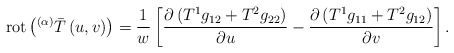
\begin{align*}\operatorname*{rot}\left( ^{\left( \alpha \right) }\bar{T}\left(u,v\right) \right) =\frac{1}{w}\left[ \frac{\partial \left( T^{1}g_{12}+T^{2}g_{22}\right) }{\partial u}-\frac{\partial \left( T^{1}g_{11}+T^{2}g_{12}\right) }{\partial v}\right] . \end{align*}